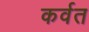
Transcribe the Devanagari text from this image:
कर्वत